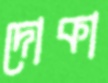
দোকা